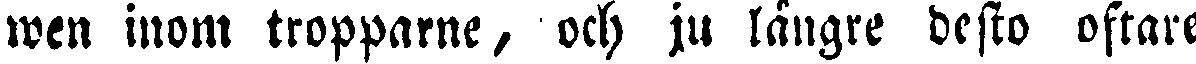
wen inom tropparne, och ju längre desto oftare